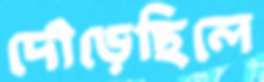
দৌড়েছিলে